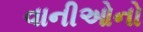
વાનીઓનો